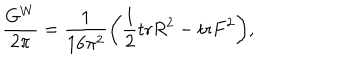
LaTeX: { \frac { G ^ { W } } { 2 \pi } } = { \frac { 1 } { 1 6 \pi ^ { 2 } } } \bigg ( { \frac { 1 } { 2 } } \mathrm { t r } R ^ { 2 } - \mathrm { t r } F ^ { 2 } \bigg ) ,